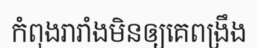
កំពុងរារាំងមិនឲ្យគេពង្រឹង